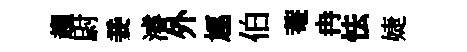
趨尉妾濬外豗伯菴冉怯婕